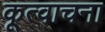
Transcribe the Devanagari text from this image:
कूत्वाचना